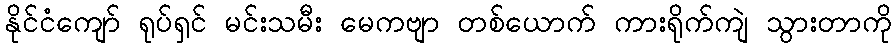
နိုင်ငံကျော် ရုပ်ရှင် မင်းသမီး မေကဗျာ တစ်ယောက် ကားရိုက်ကျဲ သွားတာကို